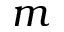
\boldsymbol m